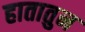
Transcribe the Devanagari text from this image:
हातातुन